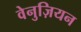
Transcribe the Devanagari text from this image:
वेनुज़ियन